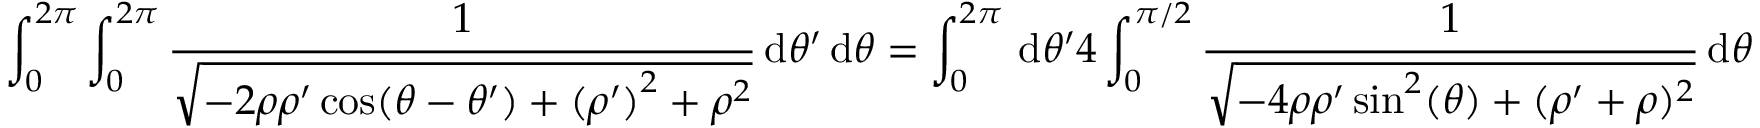
\int _ { 0 } ^ { 2 \pi } \int _ { 0 } ^ { 2 \pi } \frac { 1 } { \sqrt { - 2 \rho \rho ^ { \prime } \cos ( \theta - \theta ^ { \prime } ) + { ( \rho ^ { \prime } ) } ^ { 2 } + \rho ^ { 2 } } } \, { \mathrm { d } } \theta ^ { \prime } \, { \mathrm { d } } \theta = \int _ { 0 } ^ { 2 \pi } \, { \mathrm { d } } \theta ^ { \prime } 4 \int _ { 0 } ^ { \pi / 2 } \frac { 1 } { \sqrt { - 4 \rho \rho ^ { \prime } \sin ^ { 2 } ( \theta ) + ( { \rho ^ { \prime } } + \rho ) ^ { 2 } } } \, { \mathrm { d } } \theta